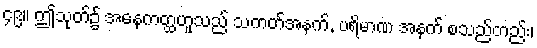
၄၉။ ဤသုတ်၌ အနေကတ္ထဟူသည် သကတ်အနက်, ပရိမာဏ အနက် စသည်တည်း၊